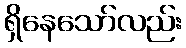
ရှိနေသော်လည်း